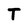
Character: T